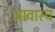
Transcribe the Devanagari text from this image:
आवारच